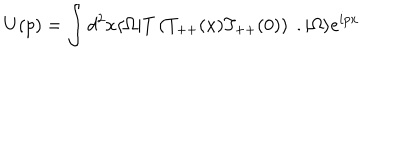
LaTeX: U ( p ) = \int d ^ { 2 } x \langle \Omega | T \left( T _ { + + } ( x ) T _ { + + } ( 0 ) \right) \; . | \Omega \rangle e ^ { i p x }